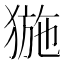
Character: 𤟽